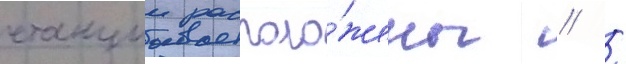
станции располо́жены // /